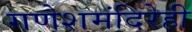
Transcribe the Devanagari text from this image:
गणेशमंदिरेही